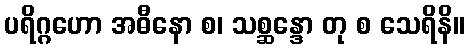
ပရိဂ္ဂဟော အဓီနော စ၊ သစ္ဆန္ဒော တု စ သေရိနိ။